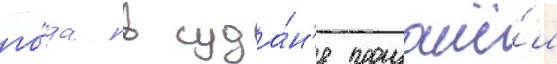
го́да в суда́н'е произошё́л